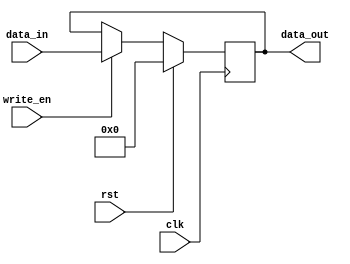
module Register_4bit (input clk, rst, write_en ,input [3:0] data_in, output [3:0] data_out);
    reg [3:0] data;

    always @(posedge clk) begin
        if (rst)
            data <= 4'b0;
        else if (write_en)
            data <= data_in;
    end

    assign data_out = data;

endmodule